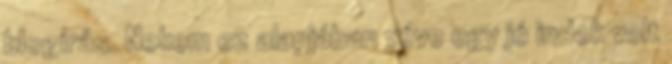
blogírás. Nekem ez alapjában véve egy jó indok volt